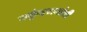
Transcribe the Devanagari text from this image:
मकुंदराजांची